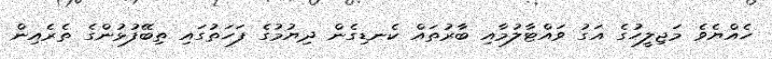
ހެއްޔެވެ މަޖިލީހުގެ އަގު ވައްޓާލުމާއި ބާރުތައް ކެނޑިގެން ދިޔުމުގެ ފަހަތުގައި ތިބޭފުޅުންގެ ތެރެއިން